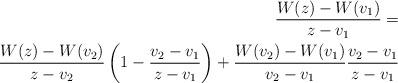
LaTeX: \begin{align*}\frac{W(z)-W(v_1)}{z-v_1}= \\\frac{W(z)-W(v_2)}{z-v_2}\left(1-\frac{v_2-v_1}{z-v_1}\right)+\frac{W(v_2)-W(v_1)}{v_2-v_1}\frac{v_2-v_1}{z-v_1}\end{align*}